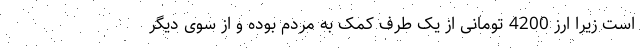
است زیرا ارز 4200 تومانی از یک طرف کمک به مردم بوده و از سوی دیگر